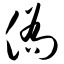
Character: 侨